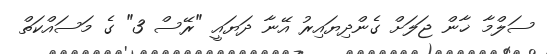
ސަލްމާ ޚާން ޖަލަށް ގެންދިޔައިރު އޭނާ ދަޔައީ "ރޭސް 3" ގެ މަސައްކަތް